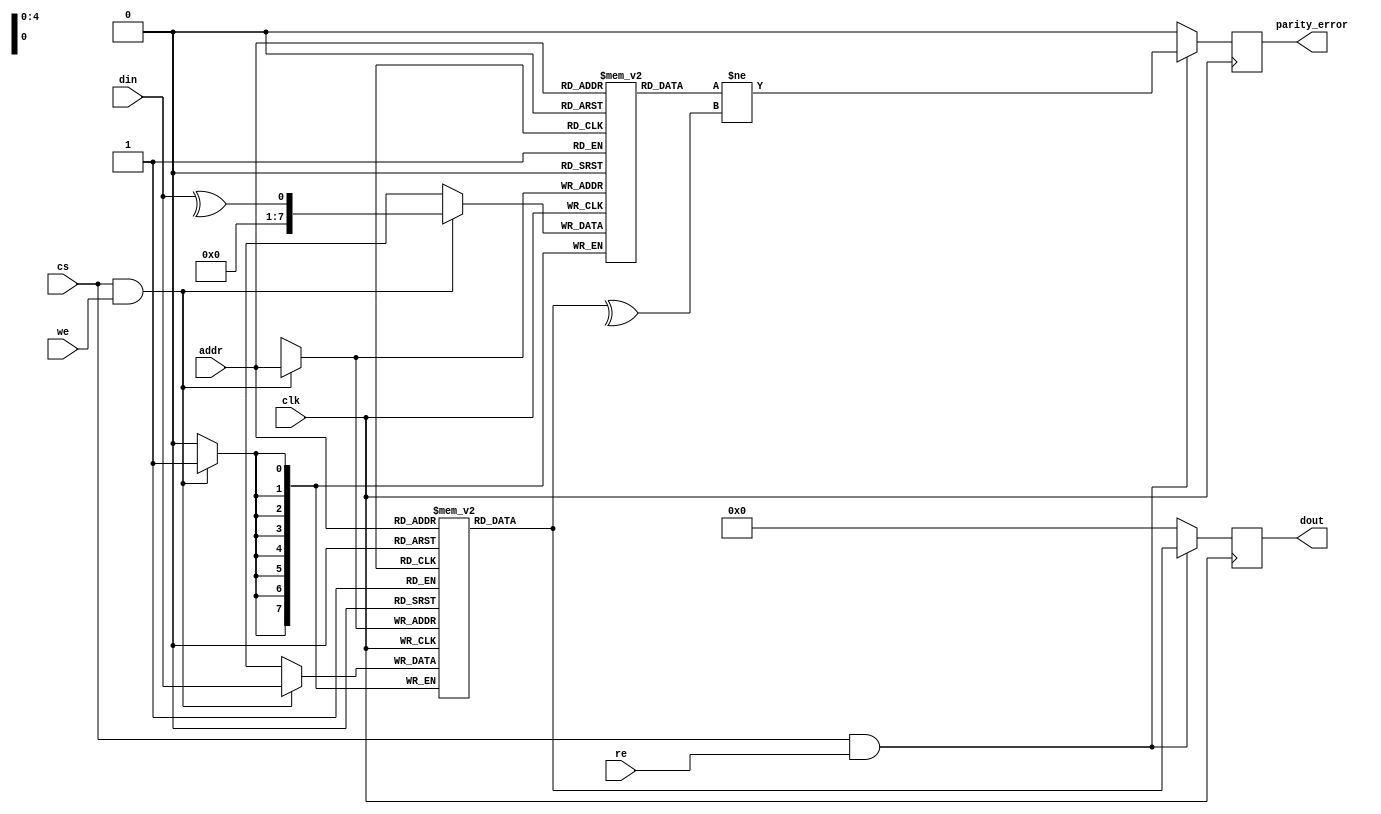
module ScratchpadMemory #(
    parameter DATA_WIDTH = 8,        // Width of the data (8, 16, 32 bits)
    parameter ADDR_WIDTH = 5,        // Address width (for 32 bytes, use 5 bits)
    parameter MEM_SIZE = 32           // Memory size in bytes
)(
    input wire clk,                  // Clock signal
    input wire cs,                   // Chip Select
    input wire we,                   // Write Enable
    input wire re,                   // Read Enable
    input wire [ADDR_WIDTH-1:0] addr, // Address input
    input wire [DATA_WIDTH-1:0] din,  // Data input
    output reg [DATA_WIDTH-1:0] dout, // Data output
    output reg parity_error          // Parity error flag (optional)
);

    // Memory array declaration
    reg [DATA_WIDTH-1:0] mem [0:MEM_SIZE-1];
    reg [DATA_WIDTH-1:0] parity_bits [0:MEM_SIZE-1]; // Parity bits for each memory location

    // Initialize memory
    integer i;
    initial begin
        for (i = 0; i < MEM_SIZE; i = i + 1) begin
            mem[i] = {DATA_WIDTH{1'b0}}; // Clear memory
            parity_bits[i] = 1'b0;       // Initialize parity bits
        end
    end

    // Write operation
    always @(posedge clk) begin
        if (cs && we) begin
            mem[addr] <= din; // Write data to memory
            parity_bits[addr] <= ^din; // Calculate parity
        end
    end

    // Read operation
    always @(posedge clk) begin
        if (cs && re) begin
            dout <= mem[addr]; // Read data from memory
            parity_error <= (parity_bits[addr] != ^mem[addr]); // Check parity
        end else begin
            dout <= {DATA_WIDTH{1'b0}}; // Default output when not reading
            parity_error <= 1'b0; // Clear parity error when not reading
        end
    end

endmodule